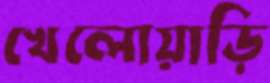
খেলোয়াড়ি